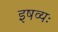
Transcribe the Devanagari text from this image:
इषव्यः